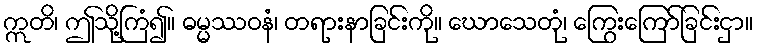
ဣတိ၊ ဤသို့ကြံ၍။ ဓမ္မဿဝနံ၊ တရားနာခြင်းကို။ ဃောသေတုံ၊ ကြွေးကြော်ခြင်းငှာ။